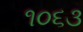
૧૦૬૩